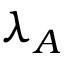
\lambda _ { A }